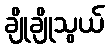
ချိုချိုသွယ်